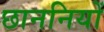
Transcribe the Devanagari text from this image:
छाननियों